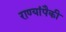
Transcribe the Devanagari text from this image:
राण्यांपैकी